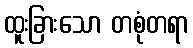
ထူးခြားသော တစုံတရာ